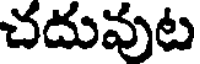
చదువుట